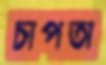
চাপতা